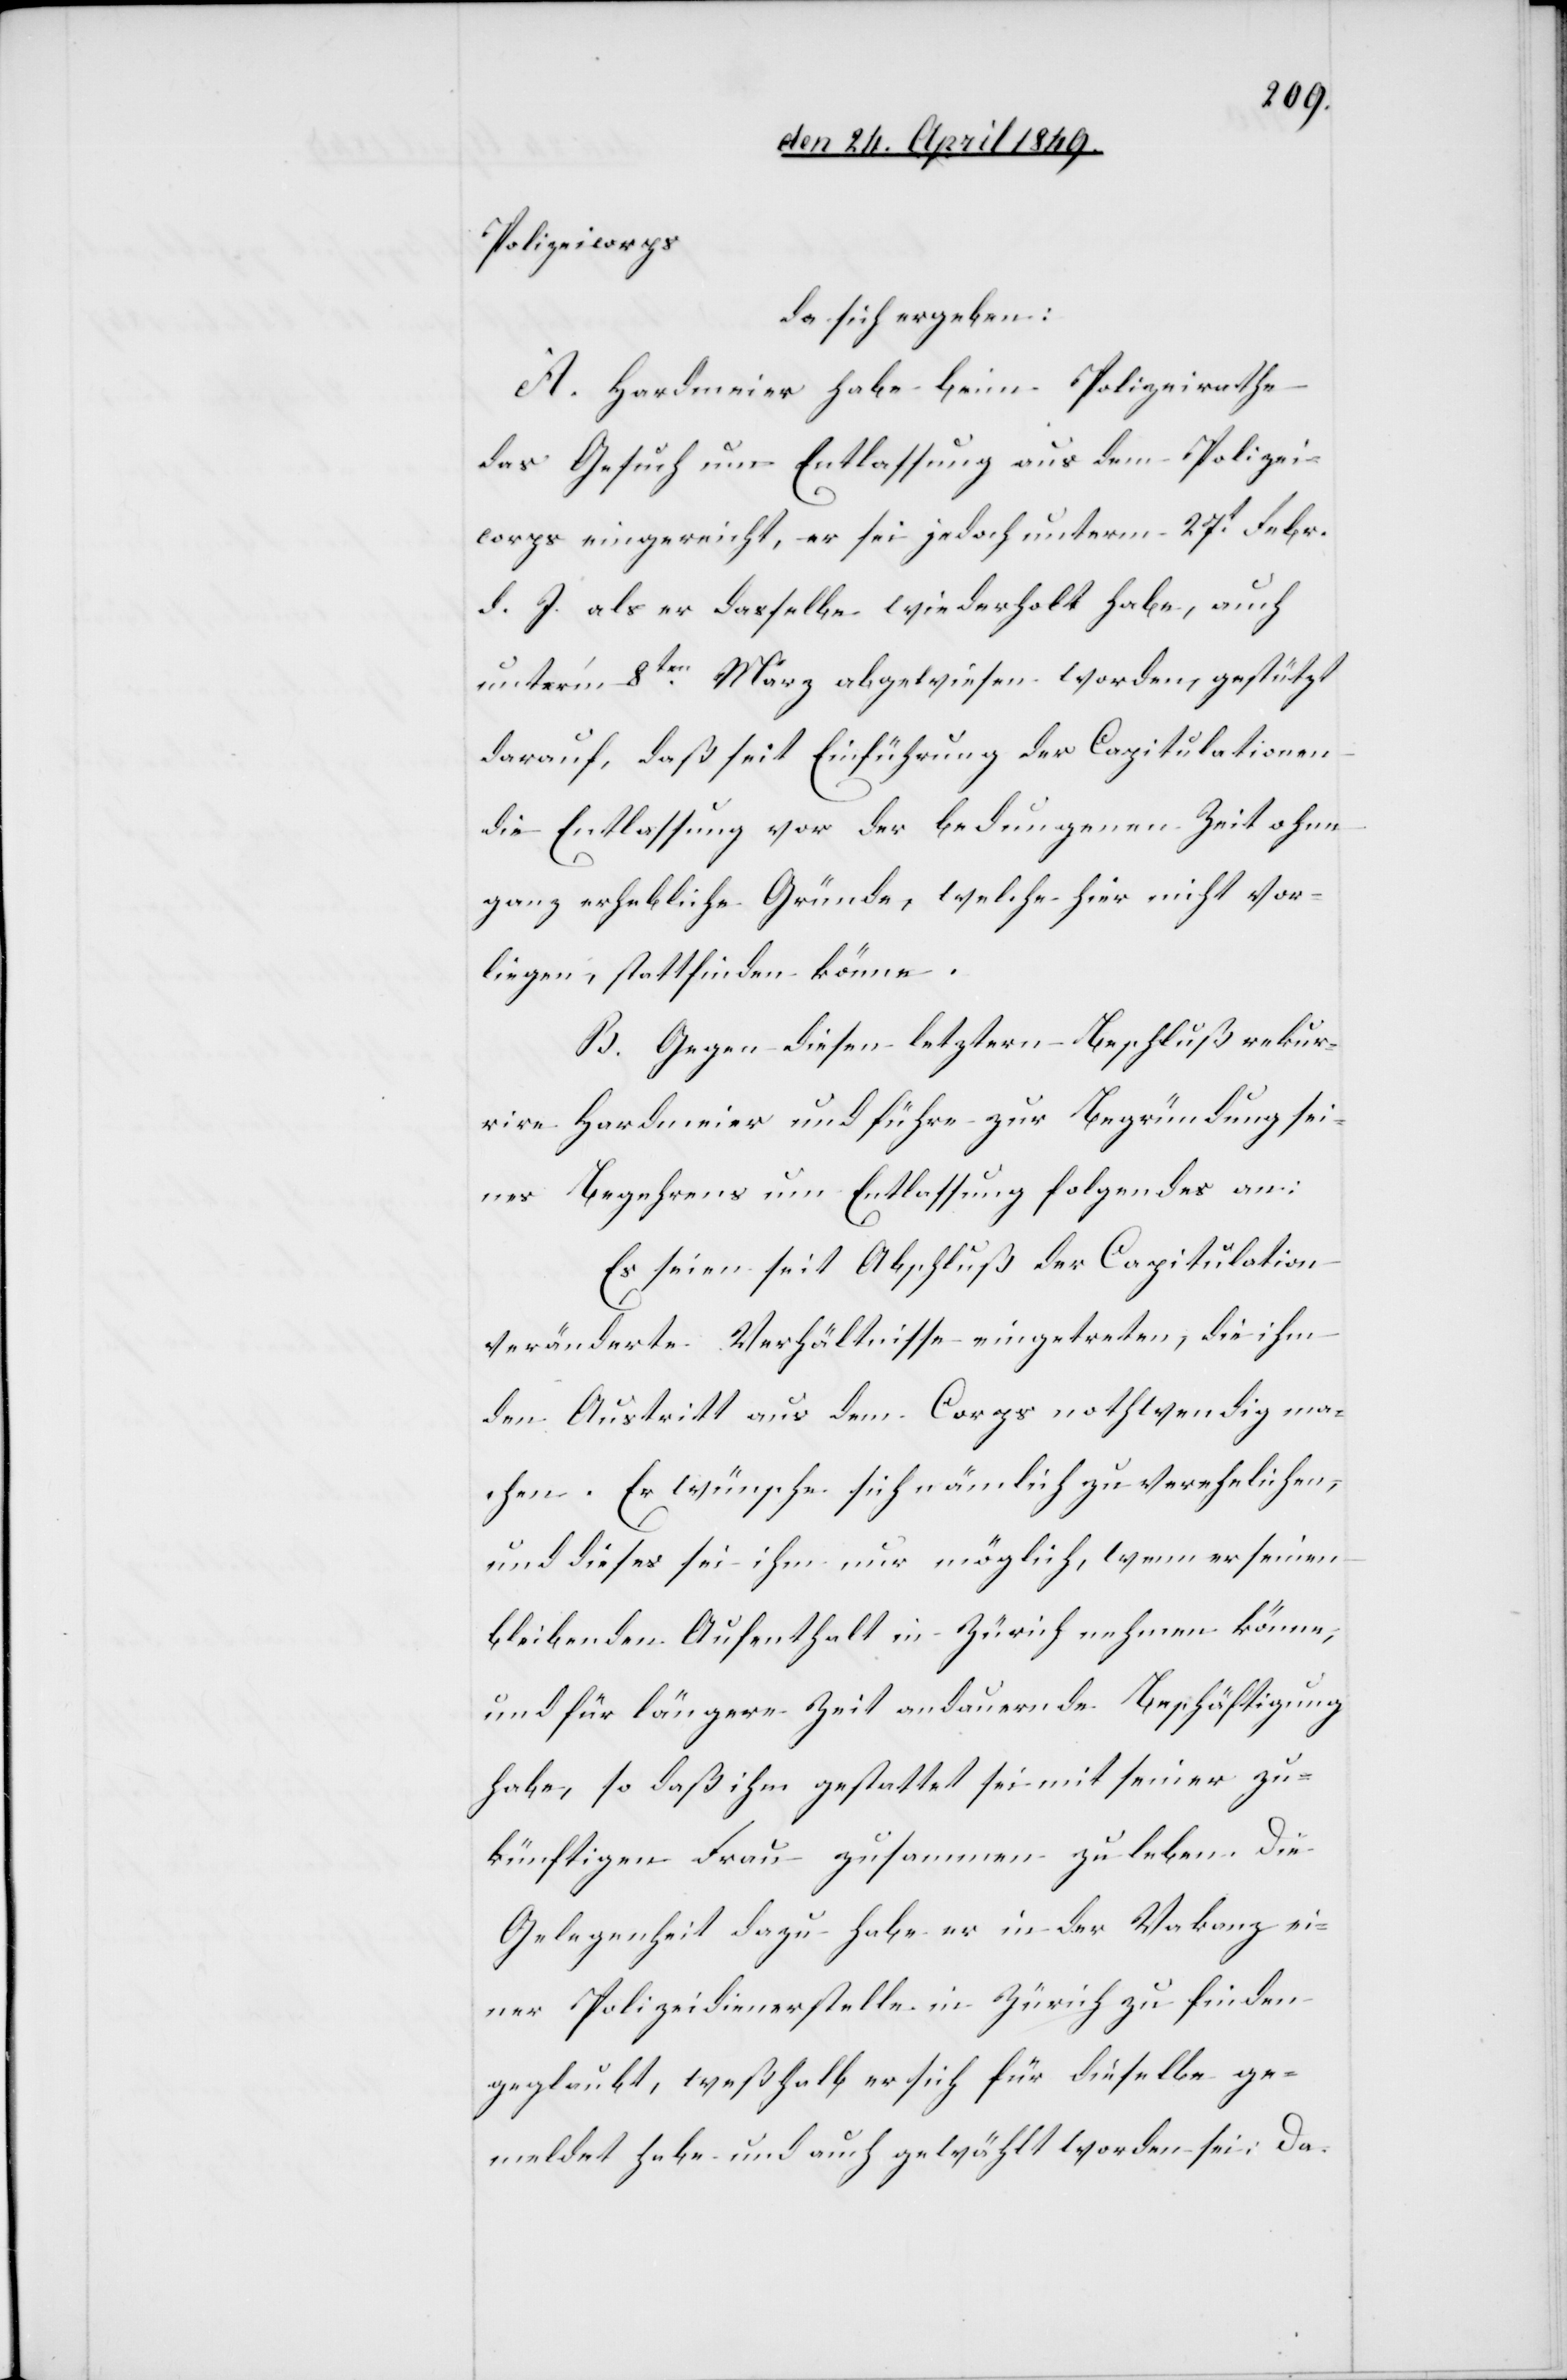
Polizeicorps
da sich ergeben:
A. Hardmeier habe beim Polizeirathe
das Gesuch um Entlassung aus dem Polizei¬
corps eingereicht, er sei jedoch unterm 27t Febr.
d. J. als er dasselbe wiederholt habe, auch
unter’m 8ten März abgewiesen worden, gestützt
darauf, daß seit Einführung der Capitulationen
die Entlassung vor der bedungenen Zeit ohne
ganz erhebliche Gründe, welche hier nicht vor¬
liegen, stattfinden könne.
B. Gegen diesen letztern Beschluß rekur¬
rire Hardmeier und führe zur Begründung sei¬
nes Begehrens um Entlassung folgendes an:
Es seien seit Abschluß der Capitulation
veränderte Verhältnisse eingetreten, die ihm
den Austritt aus dem Corps nothwendig ma¬
chen. Er wünsche sich nämlich zu verehelichen,
und dieses sei ihm nur möglich, wenn er seinen
bleibenden Aufenthalt in Zürich nehmen könne,
und für längere Zeit andauernde Beschäftigung
habe, so daß ihm gestattet sei mit seiner zu¬
künftigen Frau zusammen zu leben. Die
Gelegenheit dazu habe er in der Vakanz ei¬
ner Polizeidienerstelle in Zürich zu finden
geglaubt, weßhalb er sich für dieselbe ge¬
meldet habe und auch gewählt worden sei. Da-